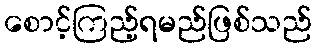
စောင့်ကြည့်ရမည်ဖြစ်သည်